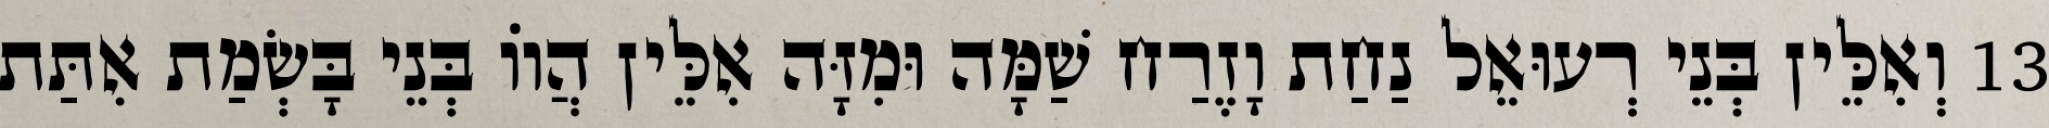
13 וְאִלֵּין בְּנֵי רְעוּאֵל נַחַת וָזֶרַח שַׁמָּה וּמִזָּה אִלֵּין הֲווֹ בְּנֵי בָּשְׂמַת אִתַּת